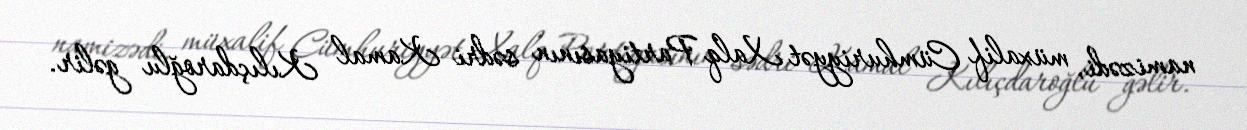
namizədi, müxalif Cümhuriyyət Xalq Partiyasının sədri Kamal Kılıçdaroğlu gəlir.